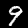
Label: 9